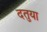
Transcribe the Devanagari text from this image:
दतुया